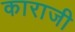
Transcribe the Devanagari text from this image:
काराजी